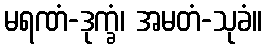
မရဏံ-ဒုက္ခံ၊ အမတံ-သုခံ။